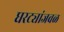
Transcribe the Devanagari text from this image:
घरट्यांजवळ